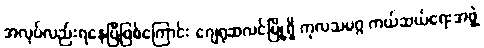
အလုပ်လည်းရနေပြီဖြစ်ကြောင်း ဂျေရုဆလင်မြို့ရှိ ကုလသမဂ္ဂ ကယ်ဆယ်ရေးအဖွဲ့